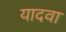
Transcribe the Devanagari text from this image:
यादवा